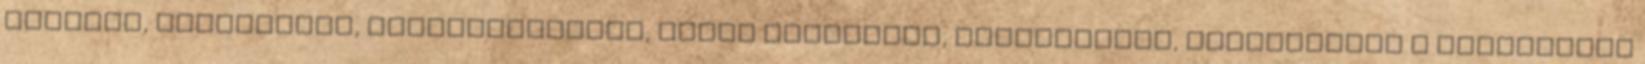
tárolás, csomagolás, rakományképzés, jármű megrakása, kiszállítás, beszállítás A logisztika